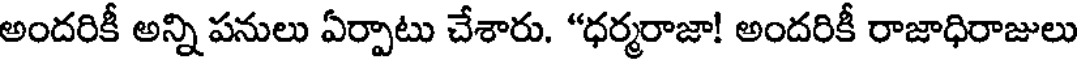
అందరికీ అన్ని పనులు ఏర్పాటు చేశారు. "ధర్మరాజా! అందరికీ రాజాధిరాజులు